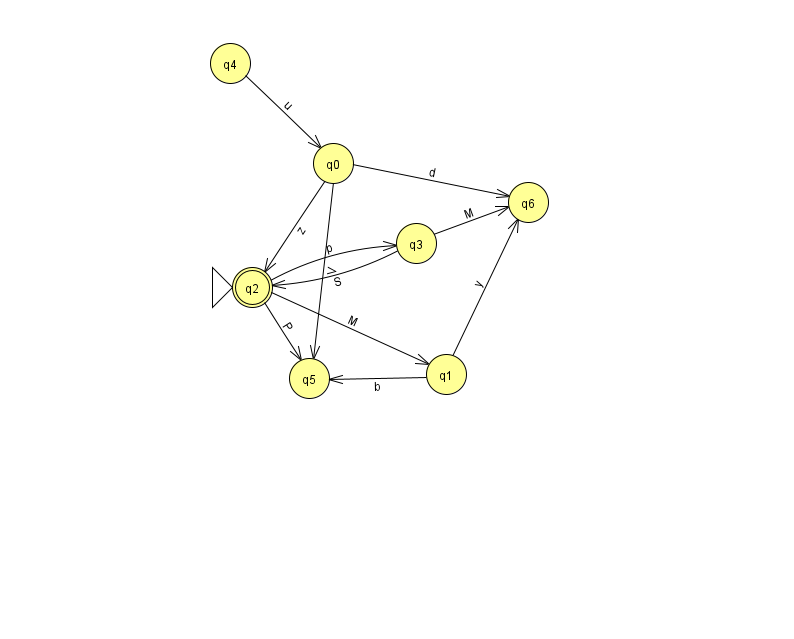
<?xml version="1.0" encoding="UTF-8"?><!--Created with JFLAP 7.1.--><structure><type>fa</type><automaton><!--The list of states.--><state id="0" name="q0"><x>333.0</x><y>150.0</y></state><state id="1" name="q1"><x>446.0</x><y>361.0</y></state><state id="2" name="q2"><x>252.0</x><y>274.0</y><initial/><final/></state><state id="3" name="q3"><x>416.0</x><y>230.0</y></state><state id="4" name="q4"><x>230.0</x><y>50.0</y></state><state id="5" name="q5"><x>309.0</x><y>365.0</y></state><state id="6" name="q6"><x>528.0</x><y>189.0</y></state><!--The list of transitions.--><transition><from>4</from><to>0</to><read>u</read></transition><transition><from>2</from><to>1</to><read>M</read></transition><transition><from>1</from><to>5</to><read>b</read></transition><transition><from>3</from><to>2</to><read>S</read></transition><transition><from>0</from><to>2</to><read>z</read></transition><transition><from>3</from><to>6</to><read>M</read></transition><transition><from>0</from><to>5</to><read>V</read></transition><transition><from>0</from><to>6</to><read>d</read></transition><transition><from>2</from><to>3</to><read>p</read></transition><transition><from>1</from><to>6</to><read>y</read></transition><transition><from>2</from><to>5</to><read>P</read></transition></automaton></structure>